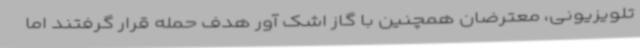
تلویزیونی، معترضان همچنین با گاز اشک آور هدف حمله قرار گرفتند اما